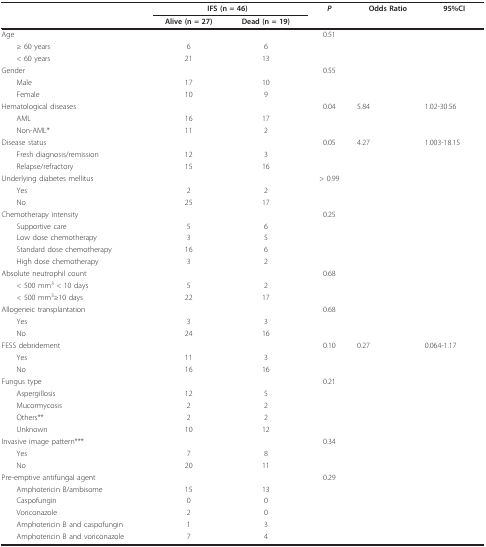
<table><thead><tr><td></td><td colspan="2"><b>IFS (n = 46)</b></td><td><b><i>P</i></b></td><td><b>Odds Ratio</b></td><td><b>95%CI</b></td></tr><tr><td></td><td><b>Alive (n = 27)</b></td><td><b>Dead (n = 19)</b></td><td></td><td></td><td></td></tr></thead><tbody><tr><td>Age</td><td></td><td></td><td>0.51</td><td></td><td></td></tr><tr><td> ≥ 60 years</td><td>6</td><td>6</td><td></td><td></td><td></td></tr><tr><td> &lt; 60 years</td><td>21</td><td>13</td><td></td><td></td><td></td></tr><tr><td>Gender</td><td></td><td></td><td>0.55</td><td></td><td></td></tr><tr><td> Male</td><td>17</td><td>10</td><td></td><td></td><td></td></tr><tr><td> Female</td><td>10</td><td>9</td><td></td><td></td><td></td></tr><tr><td>Hematological diseases</td><td></td><td></td><td>0.04</td><td>5.84</td><td>1.02-30.56</td></tr><tr><td> AML</td><td>16</td><td>17</td><td></td><td></td><td></td></tr><tr><td> Non-AML*</td><td>11</td><td>2</td><td></td><td></td><td></td></tr><tr><td>Disease status</td><td></td><td></td><td>0.05</td><td>4.27</td><td>1.003-18.15</td></tr><tr><td> Fresh diagnosis/remission</td><td>12</td><td>3</td><td></td><td></td><td></td></tr><tr><td> Relapse/refractory</td><td>15</td><td>16</td><td></td><td></td><td></td></tr><tr><td>Underlying diabetes mellitus</td><td></td><td></td><td>&gt; 0.99</td><td></td><td></td></tr><tr><td> Yes</td><td>2</td><td>2</td><td></td><td></td><td></td></tr><tr><td> No</td><td>25</td><td>17</td><td></td><td></td><td></td></tr><tr><td>Chemotherapy intensity</td><td></td><td></td><td>0.25</td><td></td><td></td></tr><tr><td> Supportive care</td><td>5</td><td>6</td><td></td><td></td><td></td></tr><tr><td> Low dose chemotherapy</td><td>3</td><td>5</td><td></td><td></td><td></td></tr><tr><td> Standard dose chemotherapy</td><td>16</td><td>6</td><td></td><td></td><td></td></tr><tr><td> High dose chemotherapy</td><td>3</td><td>2</td><td></td><td></td><td></td></tr><tr><td>Absolute neutrophil count</td><td></td><td></td><td>0.68</td><td></td><td></td></tr><tr><td> &lt; 500 mm<sup>3 </sup>&lt; 10 days</td><td>5</td><td>2</td><td></td><td></td><td></td></tr><tr><td> &lt; 500 mm<sup>3</sup>≥10 days</td><td>22</td><td>17</td><td></td><td></td><td></td></tr><tr><td>Allogeneic transplantation</td><td></td><td></td><td>0.68</td><td></td><td></td></tr><tr><td> Yes</td><td>3</td><td>3</td><td></td><td></td><td></td></tr><tr><td> No</td><td>24</td><td>16</td><td></td><td></td><td></td></tr><tr><td>FESS debridement</td><td></td><td></td><td>0.10</td><td>0.27</td><td>0.064-1.17</td></tr><tr><td> Yes</td><td>11</td><td>3</td><td></td><td></td><td></td></tr><tr><td> No</td><td>16</td><td>16</td><td></td><td></td><td></td></tr><tr><td>Fungus type</td><td></td><td></td><td>0.21</td><td></td><td></td></tr><tr><td> Aspergillosis</td><td>12</td><td>5</td><td></td><td></td><td></td></tr><tr><td> Mucormycosis</td><td>2</td><td>2</td><td></td><td></td><td></td></tr><tr><td> Others**</td><td>2</td><td>2</td><td></td><td></td><td></td></tr><tr><td> Unknown</td><td>10</td><td>12</td><td></td><td></td><td></td></tr><tr><td>Invasive image pattern***</td><td></td><td></td><td>0.34</td><td></td><td></td></tr><tr><td> Yes</td><td>7</td><td>8</td><td></td><td></td><td></td></tr><tr><td> No</td><td>20</td><td>11</td><td></td><td></td><td></td></tr><tr><td>Pre-emptive antifungal agent</td><td></td><td></td><td>0.29</td><td></td><td></td></tr><tr><td> Amphotericin B/ambisome</td><td>15</td><td>13</td><td></td><td></td><td></td></tr><tr><td> Caspofungin</td><td>0</td><td>0</td><td></td><td></td><td></td></tr><tr><td> Voriconazole</td><td>2</td><td>0</td><td></td><td></td><td></td></tr><tr><td> Amphotericin B and caspofungin</td><td>1</td><td>3</td><td></td><td></td><td></td></tr><tr><td> Amphotericin B and voriconazole</td><td>7</td><td>4</td><td></td><td></td><td></td></tr></tbody></table>